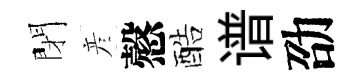
閉彦慤酷谱劭